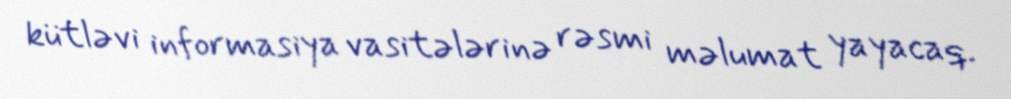
kütləvi informasiya vasitələrinə rəsmi məlumat yayacaq.